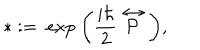
LaTeX: * : = \ \mathrm { e x p } \ \bigg ( \frac { i \hbar } { 2 } \stackrel { \leftrightarrow } { \cal P } \bigg ) ,